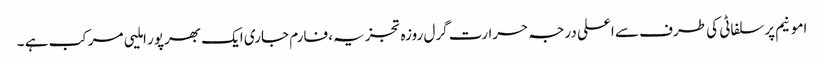
امونیم پرسلفاٹی کی طرف سے اعلی درجہ حرارت گرل روزہ تجزیہ، فارم جاری ایک بھرپور املیی مرکب ہے ۔